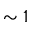
\sim 1